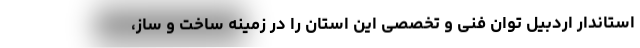
استاندار اردبیل توان فنی و تخصصی این استان را در زمینه ساخت و ساز،